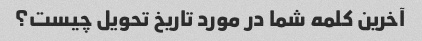
آخرین کلمه شما در مورد تاریخ تحویل چیست؟